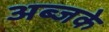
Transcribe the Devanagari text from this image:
अब्जके